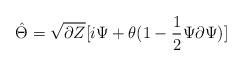
LaTeX: \begin{align*}\hat{\Theta}=\sqrt{\partial Z}[i\Psi+\theta(1-\frac{1}{2}\Psi\partial\Psi)]\end{align*}